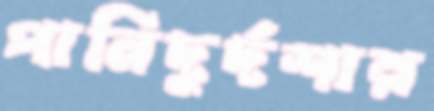
পানিদুর্দশার